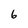
Character: 6